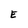
Character: E